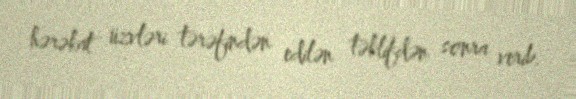
hərəkat üzvləri tərəfindən edilən təklifdən sonra verib.